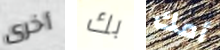
أخرى بك أمك